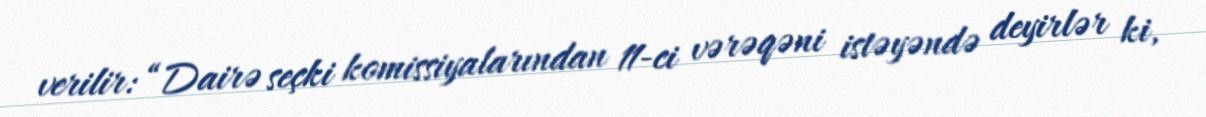
verilir: “Dairə seçki komissiyalarından 11-ci vərəqəni istəyəndə deyirlər ki,